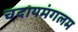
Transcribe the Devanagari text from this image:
चदायमंगलम